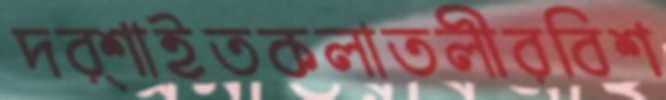
দর্শাইতকলাতলীরবিশ